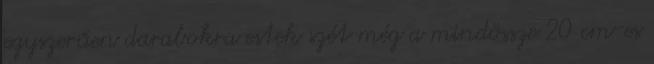
egyszerűen darabokra estek szét még a mindössze 20 cm-es